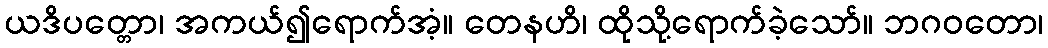
ယဒိပတ္တော၊ အကယ်၍ရောက်အံ့။ တေနဟိ၊ ထိုသို့ရောက်ခဲ့သော်။ ဘဂဝတော၊